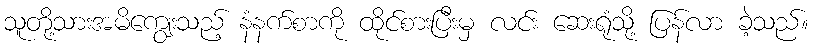
သူတို့သားအမိကျွေးသည့် နံနက်စာကို ထိုင်စားပြီးမှ လင်း ဆေးရုံသို့ ပြန်လာ ခဲ့သည်။